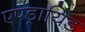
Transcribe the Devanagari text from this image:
एण्ड्रायिड